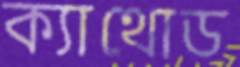
ক্যাথোড